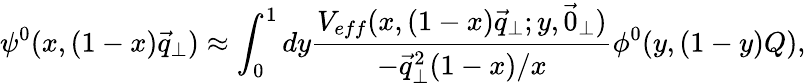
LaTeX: \psi^{0}(x,(1-x)\vec{q}_{\perp})\approx\int_{0}^{1}dy\frac{V_{eff}(x,(1-x)\vec{q}_{\perp};y,\vec{0}_{\perp})}{-\vec{q}_{\perp}^{2}(1-x)/x}\phi^{0}(y,(1-y)Q),